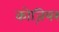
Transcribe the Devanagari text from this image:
कोज़ियर